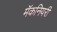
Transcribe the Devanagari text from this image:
मॅकनियरी